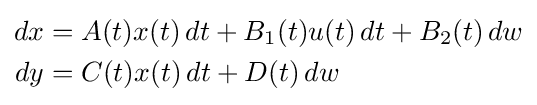
{\begin{aligned}dx&=A(t)x(t)\,dt+B_{1}(t)u(t)\,dt+B_{2}(t)\,dw\\dy&=C(t)x(t)\,dt+D(t)\,dw\end{aligned}}